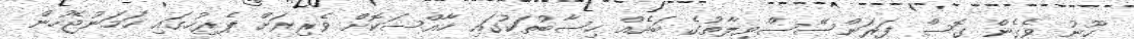
ހޫނު ވެގެން ގޮސް ފަރަންސޭސްވިލާތުގެ ބައެއް ހިސާބުތަކުގައި ހާއްސަކޮށް ވެރިރަށް ޕެރިހުގައި ހަމަނުޖެހުން